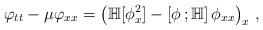
LaTeX: \begin{align*}\varphi_{tt}-\mu\varphi_{xx}=\left(\mathbb H[\phi^2_x]-\left[\phi\,;\mathbb H\right]\phi_{xx}\right)_{x}\,,\end{align*}